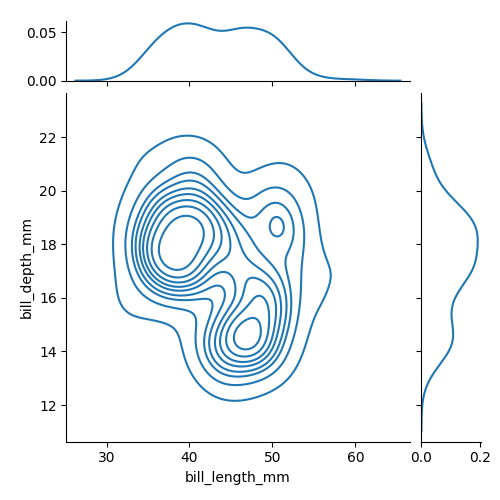
python, seaborn, jointplot, kind='kde', height='5', ratio='5', marginal_ticks='True'